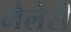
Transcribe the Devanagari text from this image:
मैलेरी